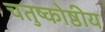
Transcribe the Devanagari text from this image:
चतुष्कोष्ठीय